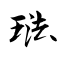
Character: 琺